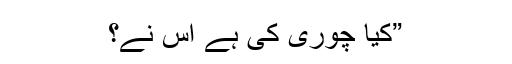
”کیا چوری کی ہے اس نے؟